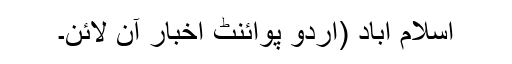
اسلام آباد (اُردو پوائنٹ اخبار آن لائن۔